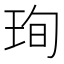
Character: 珣